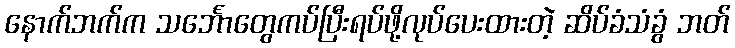
နောက်ဘက်က သင်္ဘောတွေကပ်ပြီးရပ်ဖို့လုပ်ပေးထားတဲ့ ဆိပ်ခံသံခွံ ဘတ်